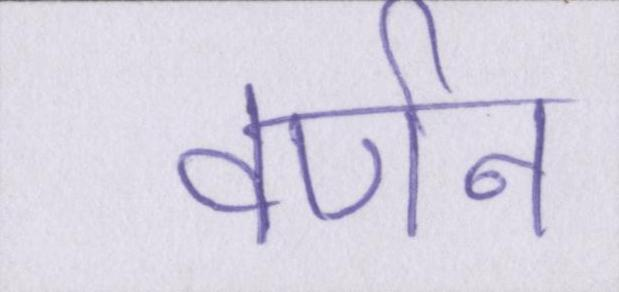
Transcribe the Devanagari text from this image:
वर्णन